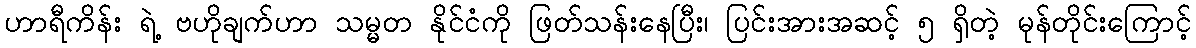
ဟာရီကိန်း ရဲ့ ဗဟိုချက်ဟာ သမ္မတ နိုင်ငံကို ဖြတ်သန်းနေပြီး၊ ပြင်းအားအဆင့် ၅ ရှိတဲ့ မုန်တိုင်းကြောင့်